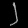
Digit: ၂